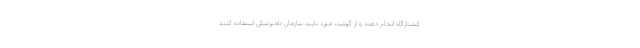
کشتارگاه انجام دهند و از گوشت مورد تایید سازمان دامپزشکی استفاده کنند